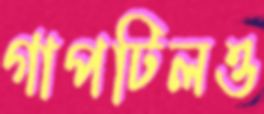
গাপটিলও